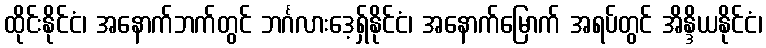
ထိုင်းနိုင်ငံ၊ အနောက်ဘက်တွင် ဘင်္ဂလားဒေ့ရှ်နိုင်ငံ၊ အနောက်မြောက် အရပ်တွင် အိန္ဒိယနိုင်ငံ၊